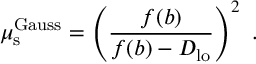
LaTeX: \mu _ { \mathrm { s } } ^ { \mathrm { G a u s s } } = \left( \frac { f ( b ) } { f ( b ) - D _ { \mathrm { l o } } } \right) ^ { 2 } \ .